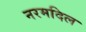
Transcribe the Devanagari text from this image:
नरमदिल